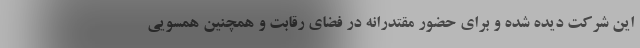
این شرکت دیده شده و برای حضور مقتدرانه در فضای رقابت و همچنین همسویی